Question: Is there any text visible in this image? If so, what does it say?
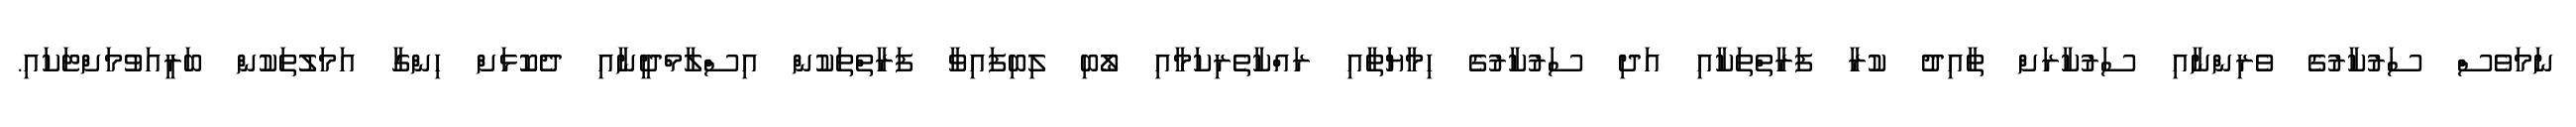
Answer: ނަމަވެސް ސަރުކާރުގެ ވެރިންނާއި ސަރުކާރަށް ތާއިދު ކުރާ ފަރާތްތަކާއި އަދި ސަރުކާރުގެ ހިމާޔަތާއި ރައްކާތެރިކަމާއި ލޯބި ލިބިފައިވާ ފަރާތްތަކުން އިސްލާމްދީނާއި ދެކޮޅަށް ހިންގާ އަމަލުތަކުން ބަރީއަވުމަށްޓަކައި.